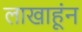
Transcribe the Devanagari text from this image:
लाखाहूंन